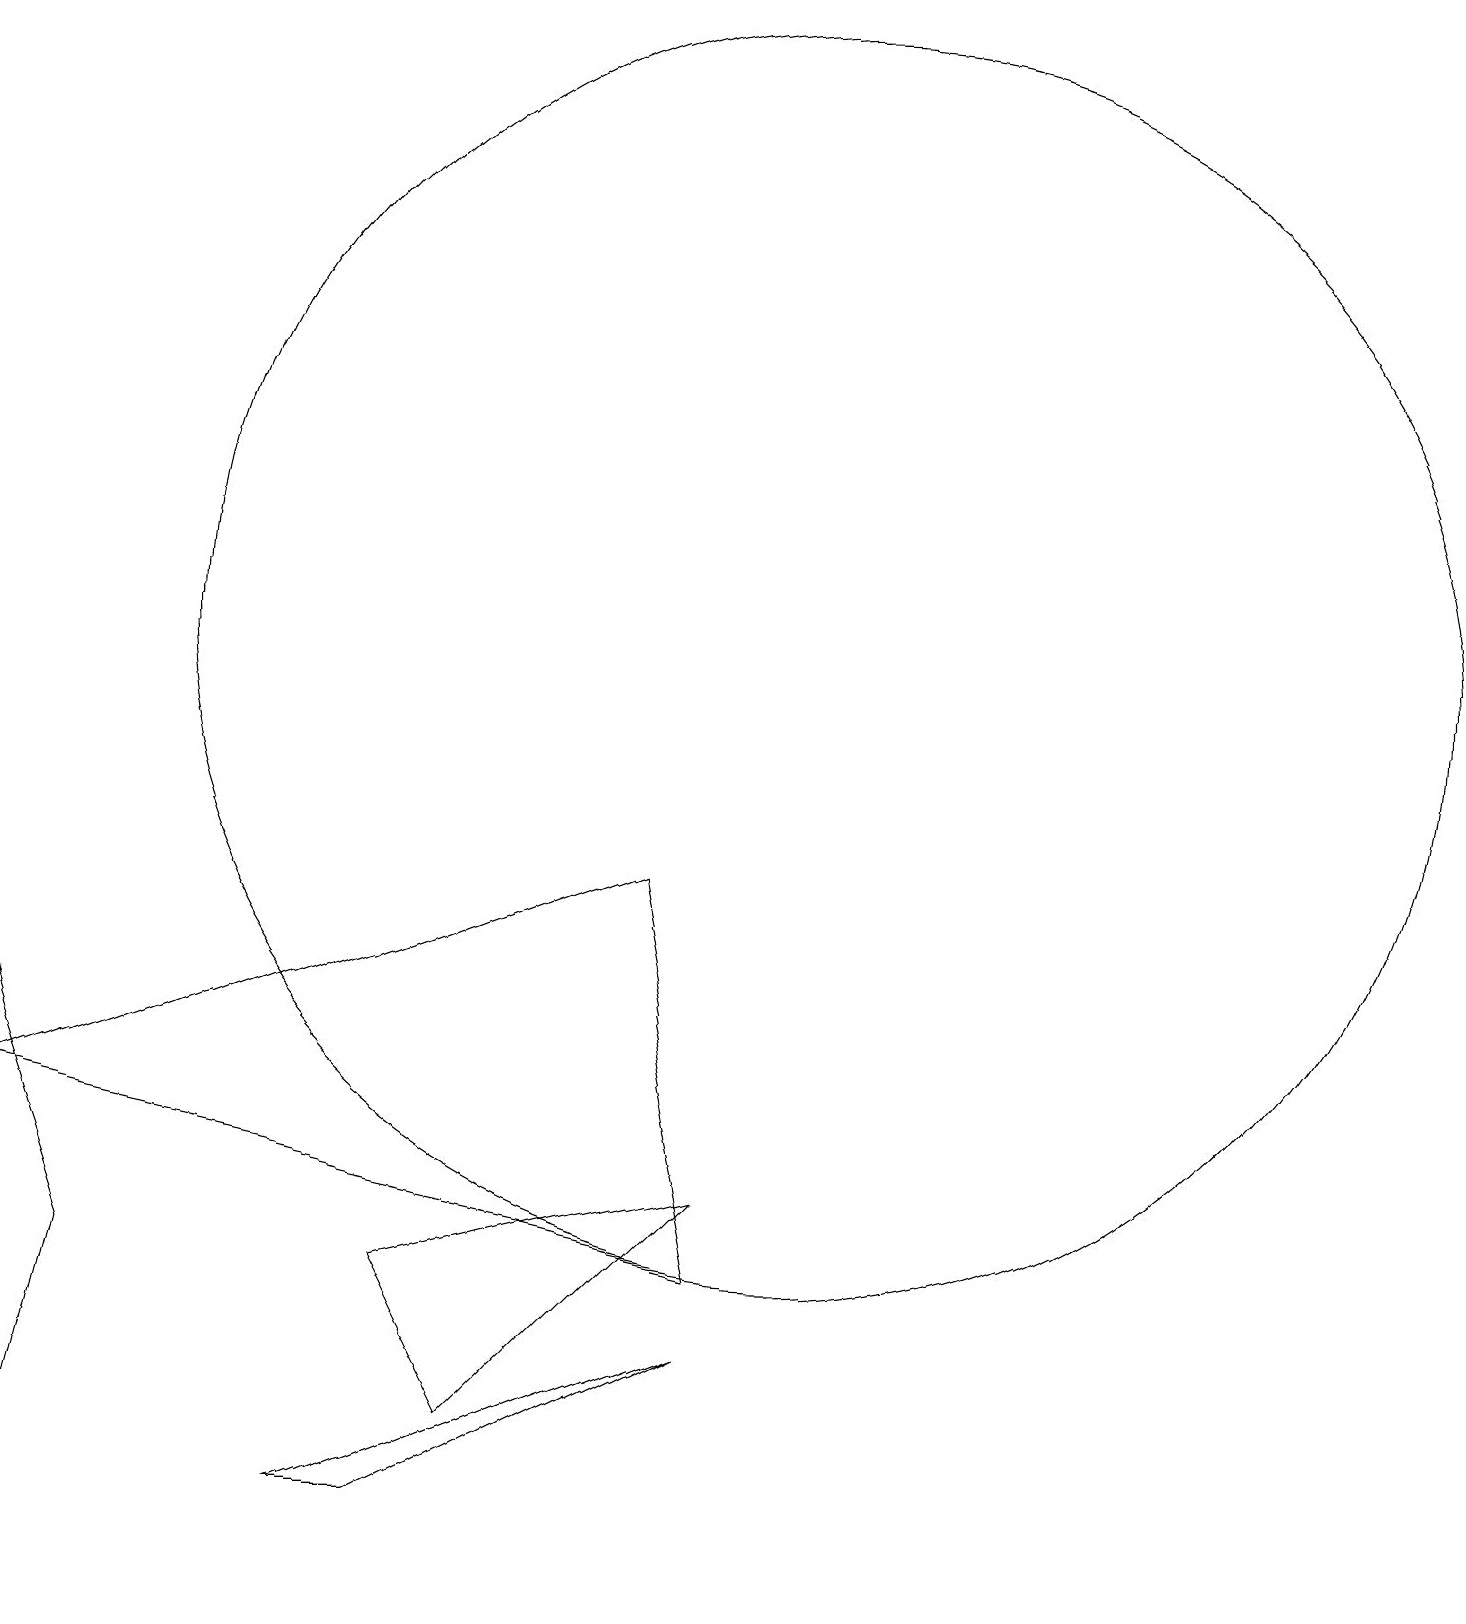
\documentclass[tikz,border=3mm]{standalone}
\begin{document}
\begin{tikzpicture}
\draw (9,4) -- (0,6) -- (8,9) -- cycle;
\draw (0,0) -- (1,4) -- (0,7) -- cycle;
\draw (5,4) -- (6,2) -- (9,5) -- cycle;
\draw (10,12) circle (8);
\draw (9,3) -- (4,1) -- (5,1) -- cycle;
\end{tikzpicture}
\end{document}